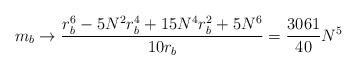
LaTeX: \begin{align*}m_{b}\rightarrow \frac{r_{b}^{6}-5N^{2}r_{b}^{4}+15N^{4}r_{b}^{2}+5N^{6}}{10r_{b}}=\frac{3061}{40}N^{5} \end{align*}